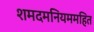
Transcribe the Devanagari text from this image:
शमदमनियममहित